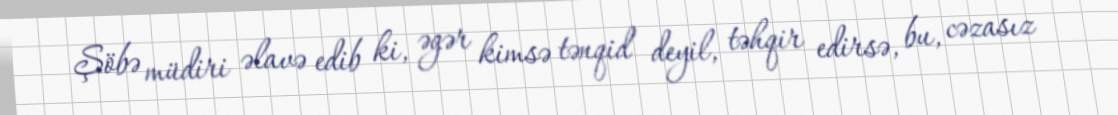
Şöbə müdiri əlavə edib ki, əgər kimsə tənqid deyil, təhqir edirsə, bu, cəzasız